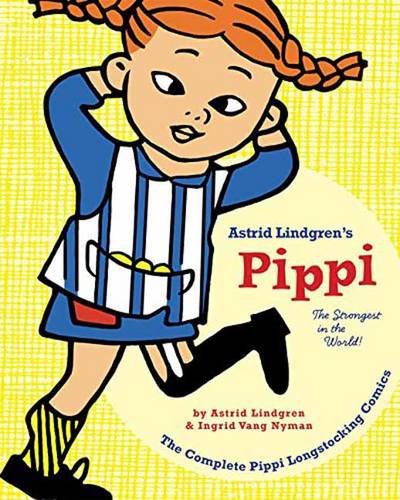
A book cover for Pippi Longstocking: The Strongest in the World!; Astrid Lindgren; Comics & Graphic Novels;